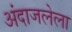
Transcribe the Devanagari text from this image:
अंदाजलेला